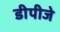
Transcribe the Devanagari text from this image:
डीपीजे